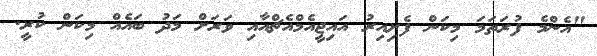
"އެންމެ ފުރަތަމަ މިކަން ފެށިއިރު އައިޖީއެމްއެޗްއާއި ވަރަށް މަދު ބައެއް މިކަން ކުރީ.